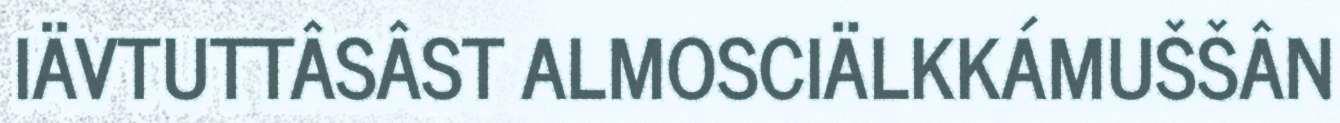
IÄVTUTTÂSÂST ALMOSCIÄLKKÁMUŠŠÂN